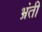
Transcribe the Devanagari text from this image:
भ्रंती